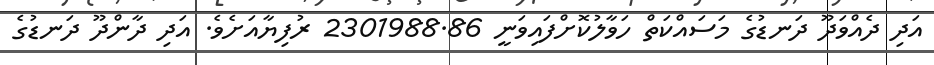
އަދި ދެއްވަދޫ ދަނޑުގެ މަސައްކަތް ހަވާލުކޮށްފައިވަނީ 2301988.86 ރުފިޔާއަށެވެ. އަދި ދާންދޫ ދަނޑުގެ